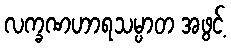
လက္ခဏဟာရသမ္ပာတ အဖွင့်